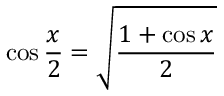
\cos { \frac { x } { 2 } } = { \sqrt { \frac { 1 + \cos x } { 2 } } }